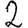
Digit: 2